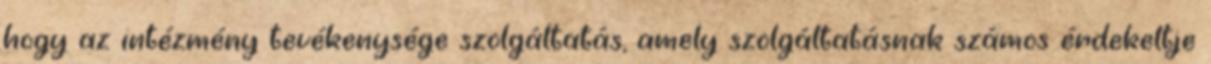
hogy az intézmény tevékenysége szolgáltatás, amely szolgáltatásnak számos érdekeltje